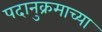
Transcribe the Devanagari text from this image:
पदानुक्रमाच्या